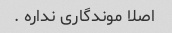
اصلا موندگاری نداره .